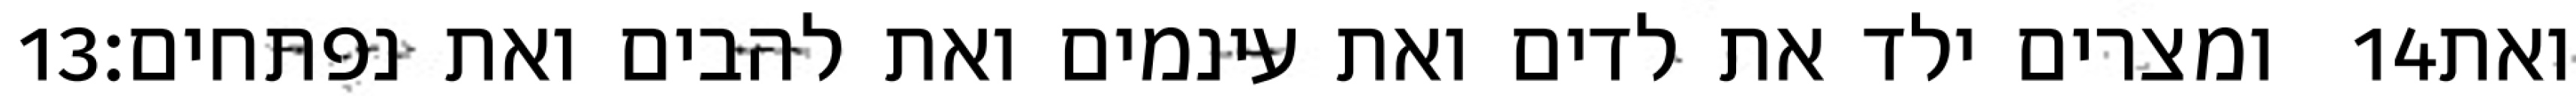
‎13‏ ומצרים ילד את לדים ואת עינמים ואת להבים ואת נפתחים׃ ‎14‏ ואת